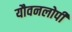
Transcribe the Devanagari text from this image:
यौवनलोपी